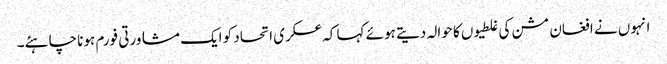
انہوں نے افغان مشن کی غلطیوں کا حوالہ دیتے ہوئے کہا کہ عسکری اتحاد کو ایک مشاورتی فورم ہونا چاہئے۔